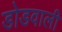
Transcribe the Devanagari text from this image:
डोडवाली